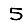
Digit: 5